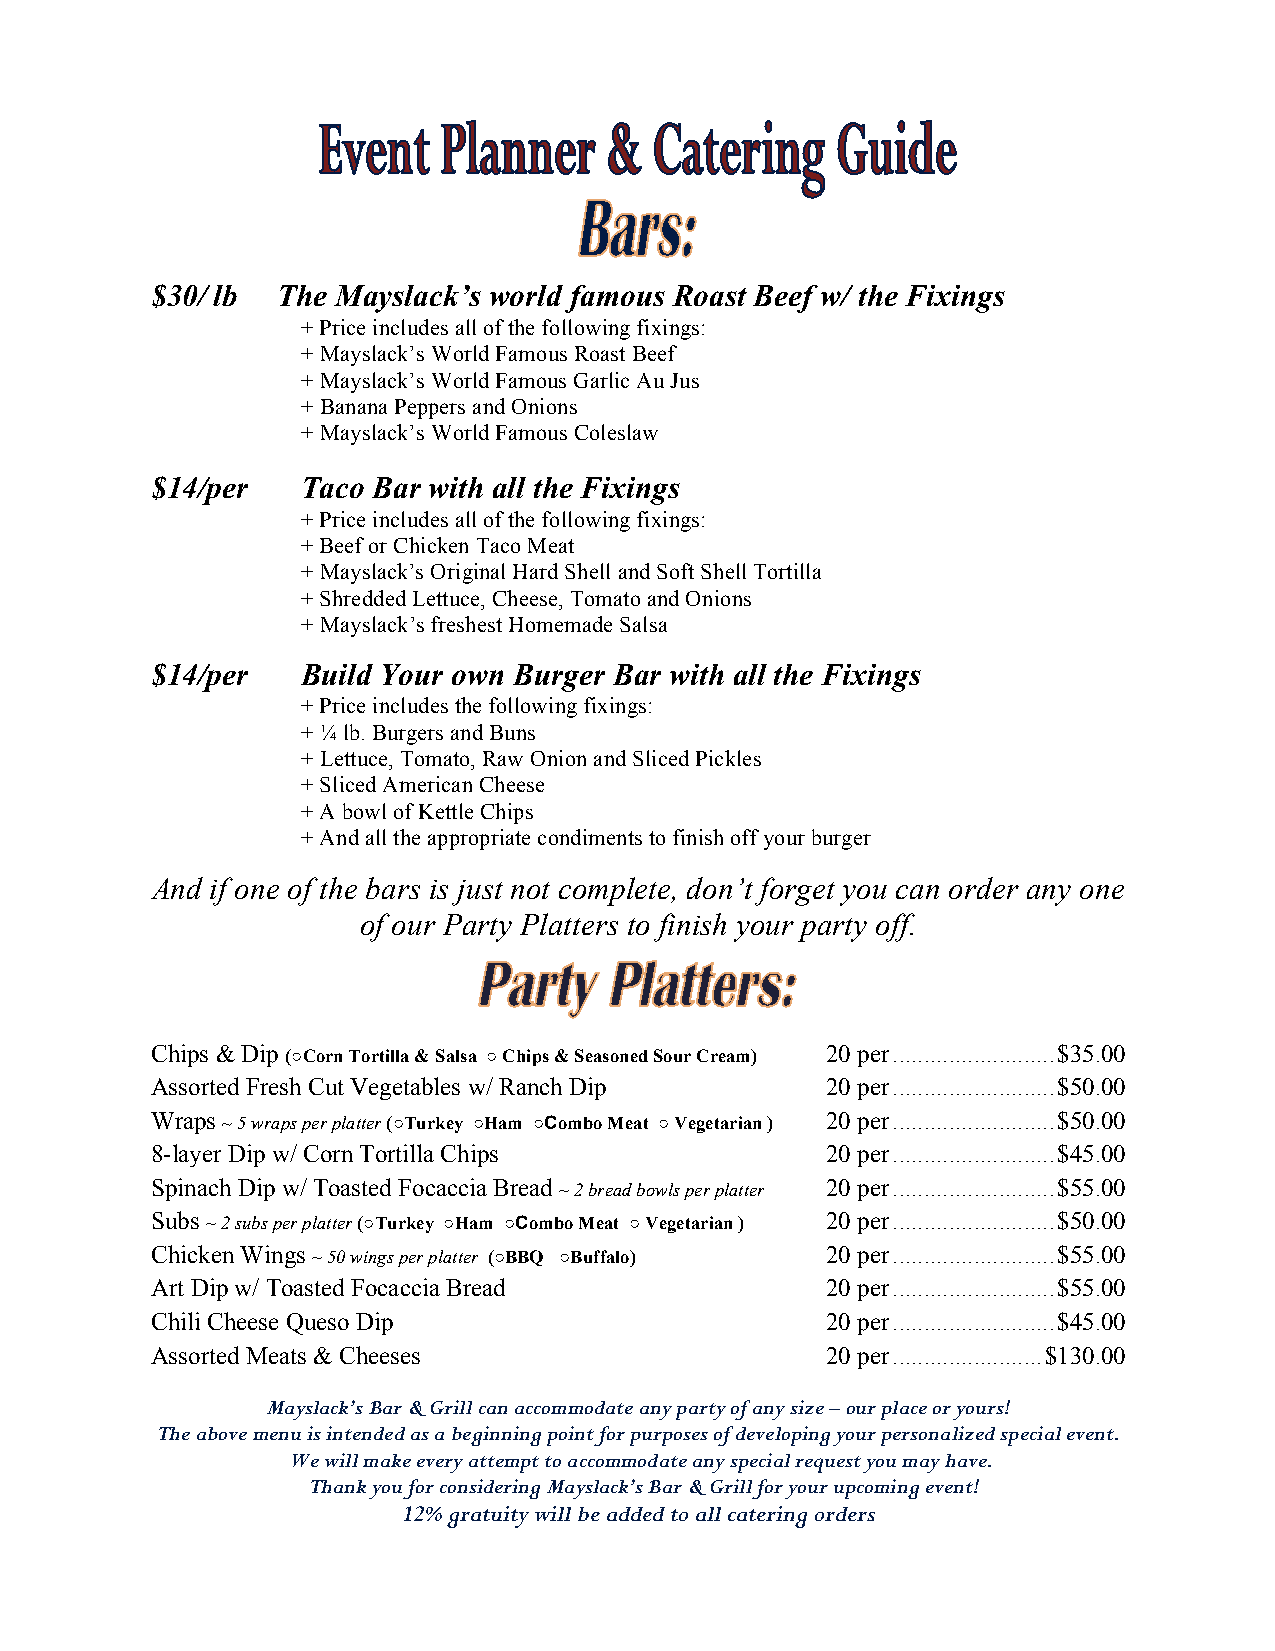
$30/ lb The Mayslack’s world famous Roast Beef w/ the Fixings
 + Price includes all of the following fixings:
 + Mayslack’s World Famous Roast Beef
 + Mayslack’s World Famous Garlic Au Jus
 + Banana Peppers and Onions
 + Mayslack’s World Famous Coleslaw
 $14/per   Taco Bar with all the Fixings
 + Price includes all of the following fixings:
 + Beef or Chicken Taco Meat
 + Mayslack’s Original Hard Shell and Soft Shell Tortilla
 + Shredded Lettuce, Cheese, Tomato and Onions
 + Mayslack’s freshest Homemade Salsa
 $14/per   Build Your own Burger Bar with all the Fixings
 + Price includes the following fixings:
 + ¼ lb. Burgers and Buns
 + Lettuce, Tomato, Raw Onion and Sliced Pickles
 + Sliced American Cheese
 + A bowl of Kettle Chips
 + And all the appropriate condiments to finish off your burger
 And if one of the bars is just not complete, don’t forget you can order any one
 of our Party Platters to finish your party off.
 Chips & Dip (○Corn Tortilla & Salsa ○ Chips & Seasoned Sour Cream) 20 per .......................... $35.00
 Assorted Fresh Cut Vegetables w/ Ranch Dip   20 per .......................... $50.00
 Wraps ~ 5 wraps per platter (○Turkey ○Ham ○Combo Meat ○ Vegetarian ) 20 per .......................... $50.00
 8-layer Dip w/ Corn Tortilla Chips           20 per .......................... $45.00
 Spinach Dip w/ Toasted Focaccia Bread ~ 2 bread bowls per platter 20 per .......................... $55.00
 Subs ~ 2 subs per platter (○Turkey ○Ham ○Combo Meat ○ Vegetarian ) 20 per .......................... $50.00
 Chicken Wings ~ 50 wings per platter (○BBQ ○Buffalo) 20 per .......................... $55.00
 Art Dip w/ Toasted Focaccia Bread            20 per .......................... $55.00
 Chili Cheese Queso Dip                       20 per .......................... $45.00
 Assorted Meats & Cheeses                     20 per ........................ $130.00
 Mayslack’s Bar & Grill can accommodate any party of any size – our place or yours!
 The above menu is intended as a beginning point for purposes of developing your personalized special event.
 We will make every attempt to accommodate any special request you may have.
 Thank you for considering Mayslack’s Bar & Grill for your upcoming event!
 12% gratuity will be added to all catering orders